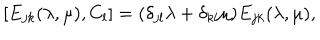
[ E _ { j k } ( \lambda , \mu ) , { C } _ { l } ] = ( \delta _ { j l } \lambda + \delta _ { k l } \mu ) E _ { j k } ( \lambda , \mu ) , \nonumber